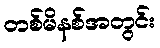
တစ်မိနစ်အတွင်း